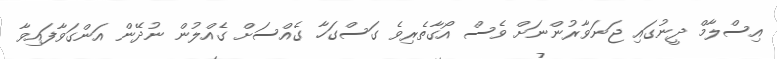
އިސްލާމް ދީނުގައި ޖަނަވާރުންނަށް ވެސް އޯގާތެރިވެ ގަސްގަހާ ގެއްސަށް ގެއްލުން ނުދޭން އަންގަވާފައިވާ